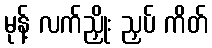
မုန့် လက်ညှိုး ညှပ် ကိတ်